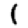
Digit: 1